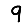
Digit: 9